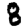
Digit: 8